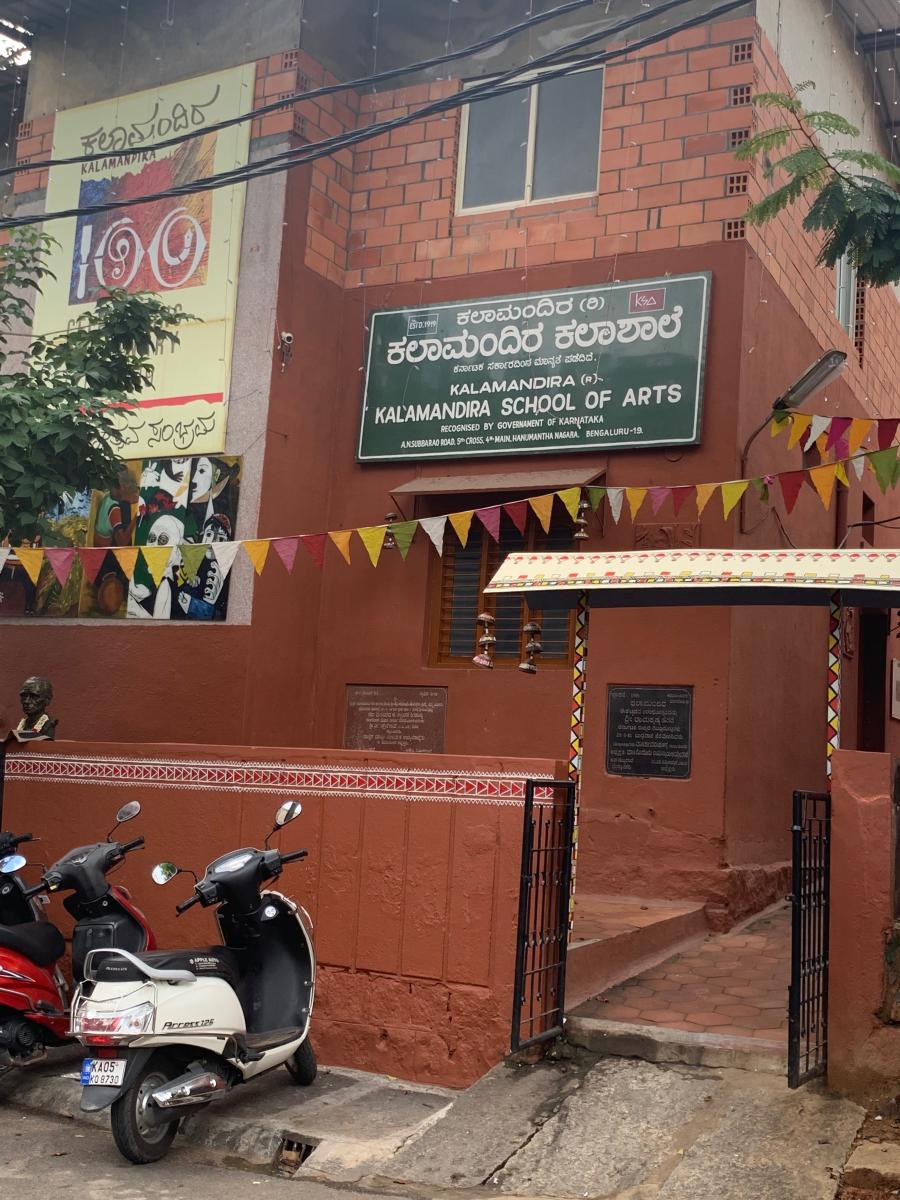
Language: kannada
Transcription: ಕಲಾಶಾಲೆ ಕಲಾಮಂದಿರ